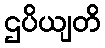
ဌပိယျတိ